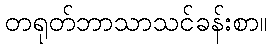
တရုတ်ဘာသာသင်ခန်းစာ။